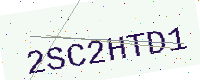
Text: 2SC2HTD1